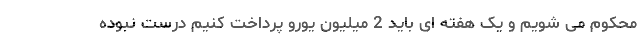
محکوم می شویم و یک هفته ای باید 2 میلیون یورو پرداخت کنیم درست نبوده